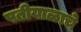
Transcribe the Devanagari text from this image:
पतीयाळाचे